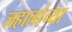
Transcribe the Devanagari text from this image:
जहालांच्या